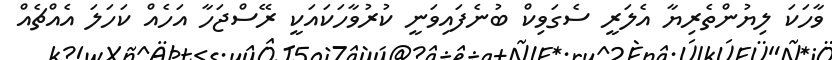
ވާހަކަ ލިޔުންތެރިޔާ އެލަރީ ސެގަވިކް ބުނެފައިވަނީ ކުރުވާހަކައަކީ ރޭސްޖަހާ އަހެއް ކަހަލަ އެއްޗެއް